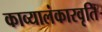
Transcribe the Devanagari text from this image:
काव्यालंकारवृति